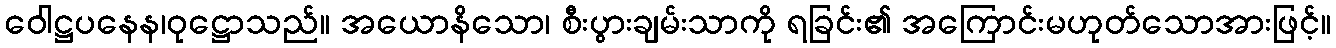
ဝေါဋ္ဌပနေန၊ဝုဋ္ဌောသည်။ အယောနိသော၊ စီးပွားချမ်းသာကို ရခြင်း၏ အကြောင်းမဟုတ်သောအားဖြင့်။